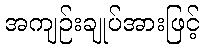
အကျဉ်းချုပ်အားဖြင့်